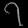
Digit: ၇